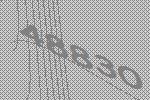
48830